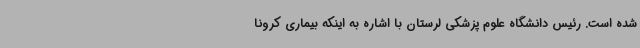
شده است. رئیس دانشگاه علوم پزشکی لرستان با اشاره به اینکه بیماری کرونا